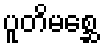
ပူတိမစ္ဆေ